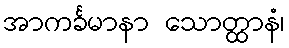
အာကင်္ခမာနာ သောတ္ထာနံ၊